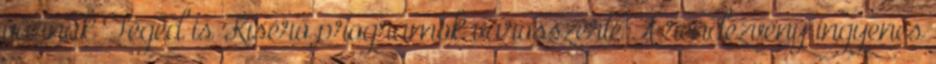
várnak Téged is Kísérő programok városszerte A rendezvény ingyenes